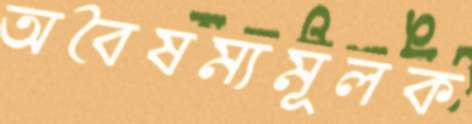
অবৈষম্যমূলক